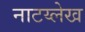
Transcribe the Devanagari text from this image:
नाटय्लेख